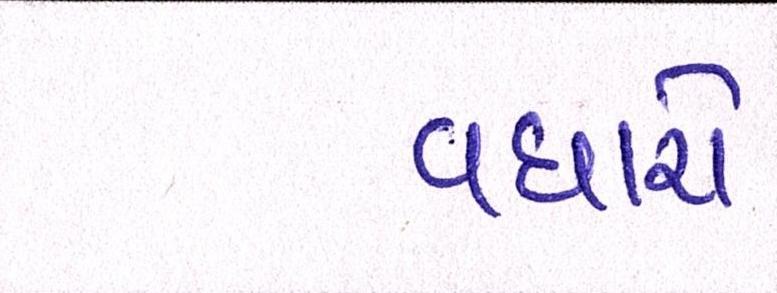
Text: વધારો